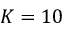
K = 1 0